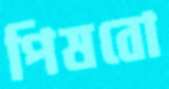
পিষবো